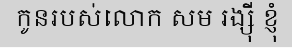
កូនរបស់លោក សម រង្ស៊ី ខ្ញុំ